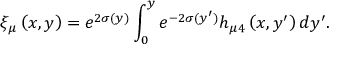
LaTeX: \xi _ { \mu } \left( x , y \right) = e ^ { 2 \sigma ( y ) } \int _ { 0 } ^ { y } e ^ { - 2 \sigma ( y ^ { \prime } ) } h _ { \mu 4 } \left( x , y ^ { \prime } \right) d y ^ { \prime } .